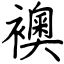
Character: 襖